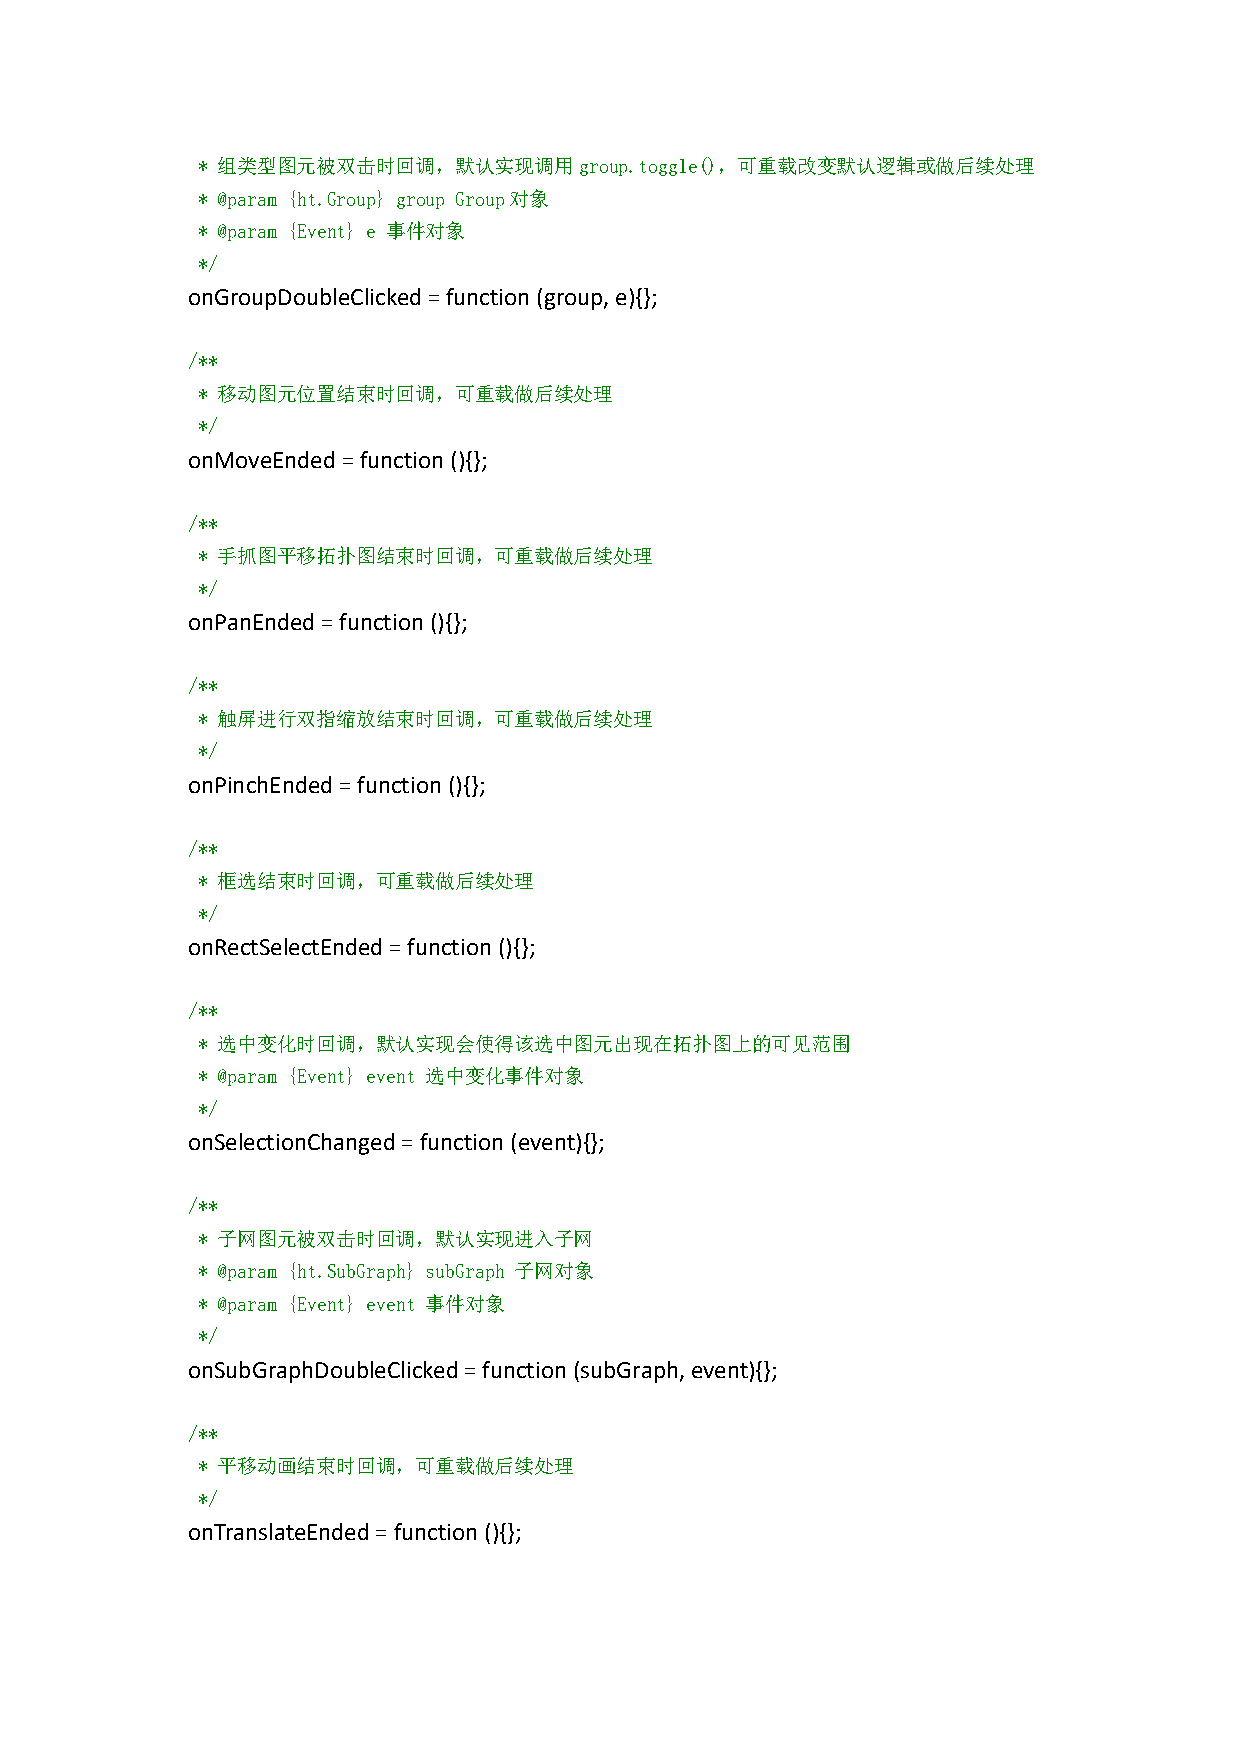
* 组类型图元被双击时回调，默认实现调用group.toggle()，可重载改变默认逻辑或做后续处理
 * @param {ht.Group} group Group对象
 * @param {Event} e 事件对象
 */
 onGroupDoubleClicked=function(group,e){};
 /**
 * 移动图元位置结束时回调，可重载做后续处理
 */
 onMoveEnded=function(){};
 /**
 * 手抓图平移拓扑图结束时回调，可重载做后续处理
 */
 onPanEnded=function(){};
 /**
 * 触屏进行双指缩放结束时回调，可重载做后续处理
 */
 onPinchEnded=function(){};
 /**
 * 框选结束时回调，可重载做后续处理
 */
 onRectSelectEnded=function(){};
 /**
 * 选中变化时回调，默认实现会使得该选中图元出现在拓扑图上的可见范围
 * @param {Event} event 选中变化事件对象
 */
 onSelectionChanged=function(event){};
 /**
 * 子网图元被双击时回调，默认实现进入子网
 * @param {ht.SubGraph} subGraph 子网对象
 * @param {Event} event 事件对象
 */
 onSubGraphDoubleClicked=function(subGraph,event){};
 /**
 * 平移动画结束时回调，可重载做后续处理
 */
 onTranslateEnded=function(){};